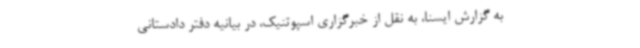
به گزارش ایسنا، به نقل از خبرگزاری اسپوتنیک،‌ در بیانیه دفتر دادستانی